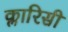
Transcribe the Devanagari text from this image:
क्लारिसी